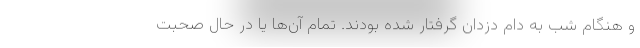
و هنگام شب به دام دزدان گرفتار شده بودند. تمام آن‌ها یا در حال صحبت